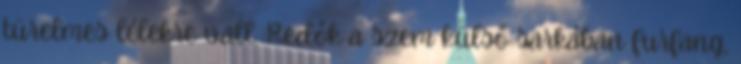
türelmes lélekre vall. Redők a szem külső sarkában furfang,